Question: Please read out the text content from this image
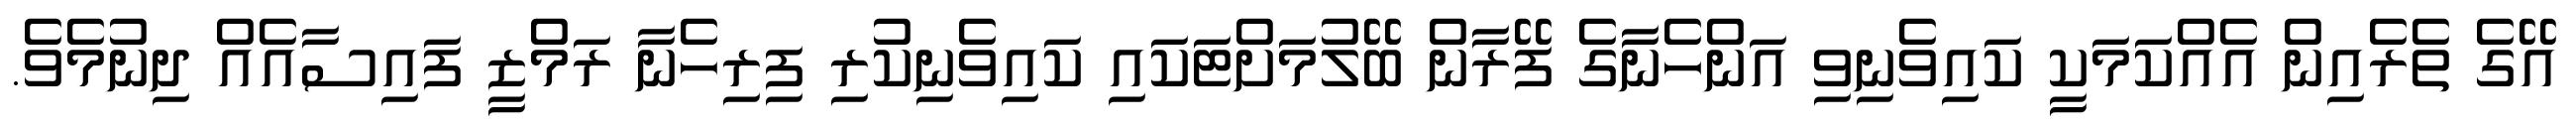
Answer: އޭގެ ތެރެއިން އެއްކަމަކީ ކައިވެނިވި އަންހެނާގެ ފޭރާން ބޭލުމަށްޓަކައި ކައިވެނިކުރި ފިރިހެނާ ރަމްޒީ ފައިސާއެއް ދިނުމެވެ.